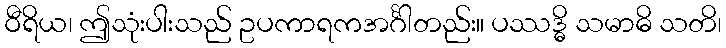
ဝီရိယ၊ ဤသုံးပါးသည် ဥပကာရကအင်္ဂါတည်း။ ပဿဒ္ဓိ သမာဓိ သတိ၊